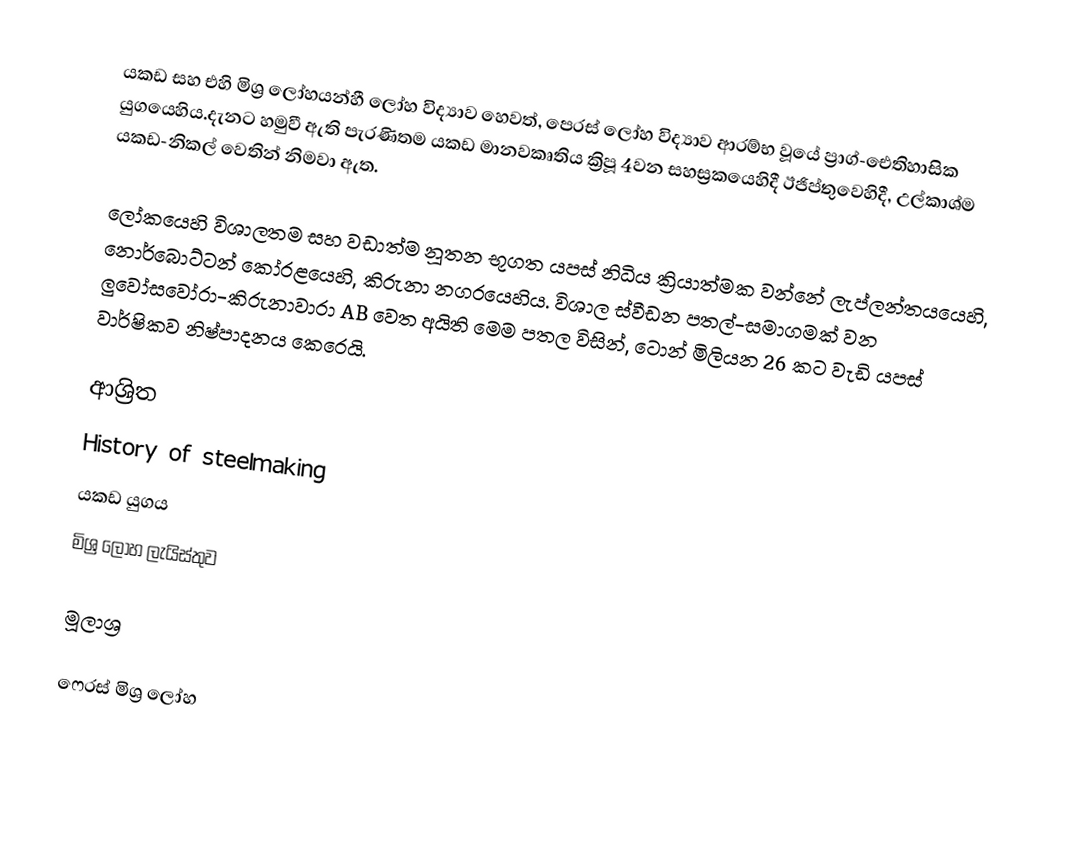
යකඩ සහ එහි මිශ්‍ර ලෝහයන්හී  ලෝහ විද්‍යාව හෙවත්, පෙරස් ලෝහ විද්‍යාව ආරම්භ වූයේ  ප්‍රාග්-ඓතිහාසික යුගයෙහිය.දැනට හමුවී ඇති පැරණිතම යකඩ මානවකෘතිය ක්‍රිපූ 4වන සහස්‍රකයෙහිදී ඊජිප්තුවෙහිදී,  උල්කාශ්ම  යකඩ-නිකල් වෙතින් නිමවා ඇත.

ලෝකයෙහි විශාලතම සහ වඩාත්ම නූතන භූගත යපස් නිධිය ක්‍රියාත්මක වන්නේ  ලැප්ලන්තයයෙහි,  නොර්බොට්ටන් කෝරළයෙහි, කිරුනා නගරයෙහිය. විශාල ස්වීඩන පතල්-සමාගමක් වන ලුවෝසවෝරා-කිරුනාවාරා AB වෙත අයිති මෙම පතල විසින්, ටොන් මිලියන 26 කට වැඩි යපස් වාර්ෂිකව නිෂ්පාදනය කෙරෙයි.

ආශ්‍රිත
 History of steelmaking
 යකඩ යුගය
 මිශ්‍ර ලෝහ ලැයිස්තුව

මූලාශ්‍ර

ෆෙරස් මිශ්‍ර ලෝහ